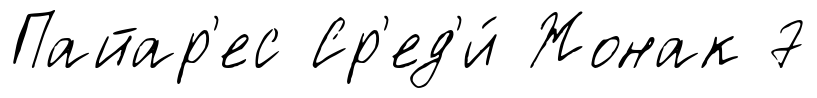
Пайар'ес Ср'ед'и́ Жонак 7